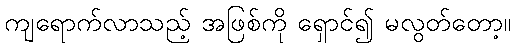
ကျရောက်လာသည့် အဖြစ်ကို ရှောင်၍ မလွတ်တော့။